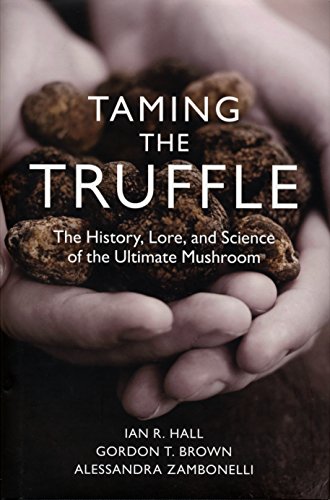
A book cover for Taming the Truffle: The History, Lore, and Science of the Ultimate Mushroom; Gordon Brown; Crafts, Hobbies & Home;